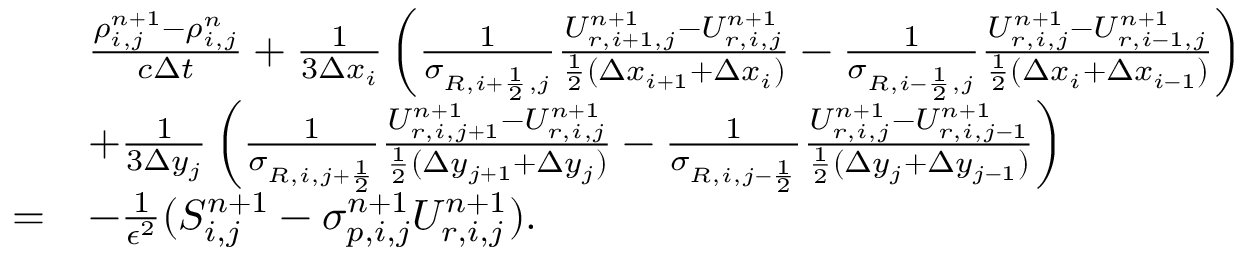
\begin{array} { r l } & { \frac { \rho _ { i , j } ^ { n + 1 } - \rho _ { i , j } ^ { n } } { c \Delta t } + \frac { 1 } { 3 \Delta x _ { i } } \left( \frac { 1 } { \sigma _ { R , i + \frac 1 2 , j } } \frac { U _ { r , i + 1 , j } ^ { n + 1 } - U _ { r , i , j } ^ { n + 1 } } { \frac 1 2 ( \Delta x _ { i + 1 } + \Delta x _ { i } ) } - \frac { 1 } { \sigma _ { R , i - \frac 1 2 , j } } \frac { U _ { r , i , j } ^ { n + 1 } - U _ { r , i - 1 , j } ^ { n + 1 } } { \frac 1 2 ( \Delta x _ { i } + \Delta x _ { i - 1 } ) } \right) } \\ & { + \frac { 1 } { 3 \Delta y _ { j } } \left( \frac { 1 } { \sigma _ { R , i , j + \frac 1 2 } } \frac { U _ { r , i , j + 1 } ^ { n + 1 } - U _ { r , i , j } ^ { n + 1 } } { \frac 1 2 ( \Delta y _ { j + 1 } + \Delta y _ { j } ) } - \frac { 1 } { \sigma _ { R , i , j - \frac 1 2 } } \frac { U _ { r , i , j } ^ { n + 1 } - U _ { r , i , j - 1 } ^ { n + 1 } } { \frac 1 2 ( \Delta y _ { j } + \Delta y _ { j - 1 } ) } \right) } \\ { = } & { - \frac { 1 } { \epsilon ^ { 2 } } ( S _ { i , j } ^ { n + 1 } - \sigma _ { p , i , j } ^ { n + 1 } U _ { r , i , j } ^ { n + 1 } ) . } \end{array}